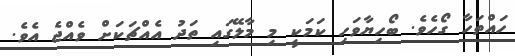
ހައްތަހާ ގޯހެވެ. ބޯހިޔާވަހި ކަމަކީ މި މާލޭގައި ތަދު އެއްޗަކަށް ވެއްޖެ އެވެ.